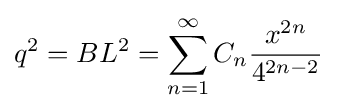
q^{2}=BL^{2}=\sum _{n=1}^{\infty }C_{n}{\frac {x^{2n}}{4^{2n-2}}}